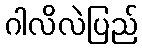
ဂါလိလဲပြည်